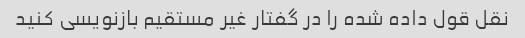
نقل قول داده شده را در گفتار غیر مستقیم بازنویسی کنید